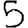
Digit: 5